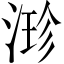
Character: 𣹗